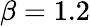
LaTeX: \beta=1.2